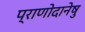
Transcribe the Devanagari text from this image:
प्राणोदानेषु